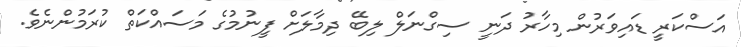
އަސްކަރީ ޑައިވަރުން މިހާރު ދަނީ ސިގްނަލް ލިބޭ ދިމާލަށް ފީނުމުގެ މަސައްކަތް ކުރަމުންނެވެ.